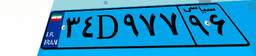
۳۴D۹۷۷۹۶